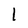
Character: I